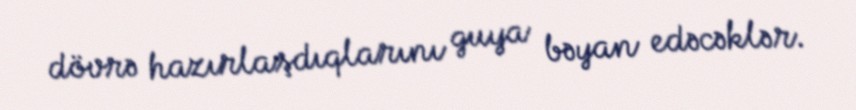
dövrə hazırlaşdıqlarını guya bəyan edəcəklər.